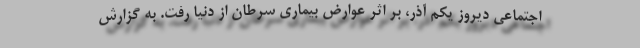
اجتماعی دیروز یکم آذر، بر اثر عوارض بیماری سرطان از دنیا رفت. به گزارش